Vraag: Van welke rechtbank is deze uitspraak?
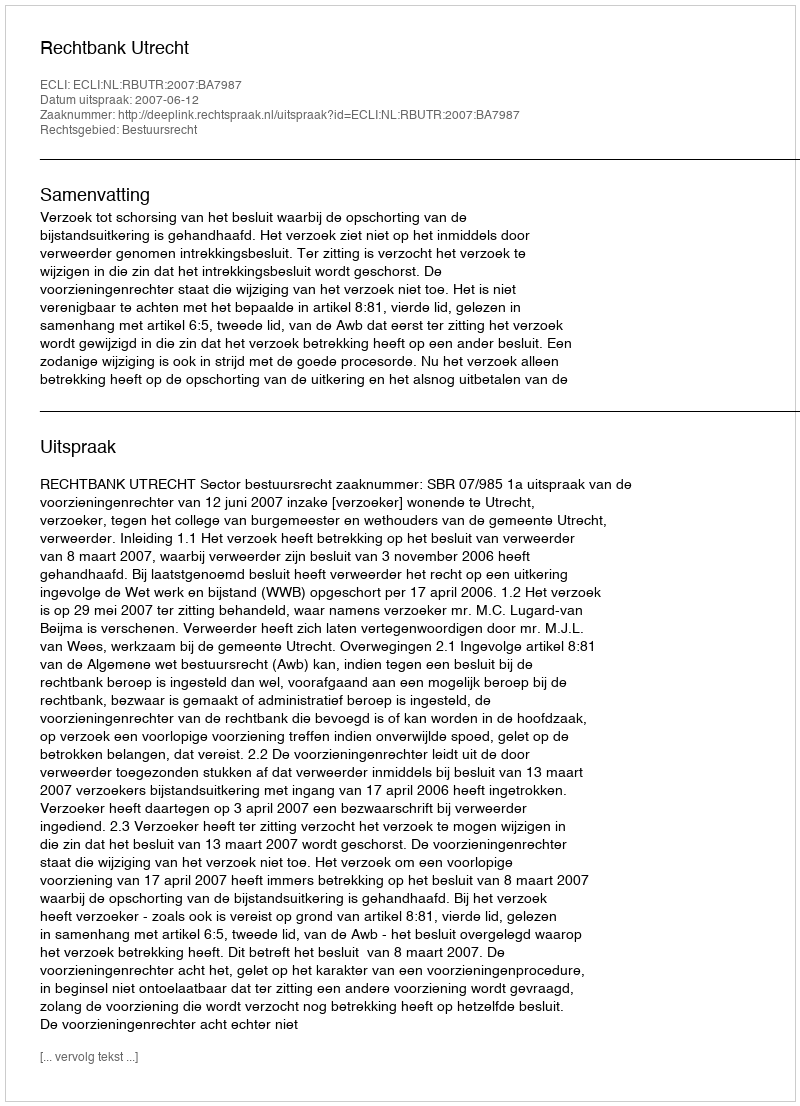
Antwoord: Rechtbank Utrecht